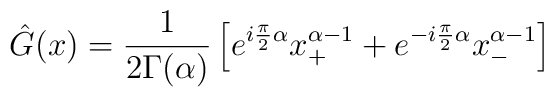
\hat{G}(x)=\frac{1}{2\Gamma(\alpha)}\left[ e^{i\frac{\pi}{2}\alpha}x_+^{\alpha-1}+e^{-i\frac{\pi}{2}\alpha}x_-^{\alpha-1}\right]